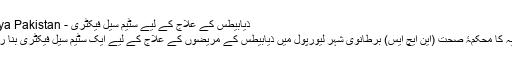
ذیابیطس کے علاج کے لیے سٹیم سیل فیکٹری - Dunya Pakistan
برطانیہ کا محکمۂ صحت (این ایچ ایس) برطانوی شہر لیورپول میں ذیابیطس کے مریضوں کے علاج کے لیے ایک سٹیم سیل فیکٹری بنا رہا ہے۔